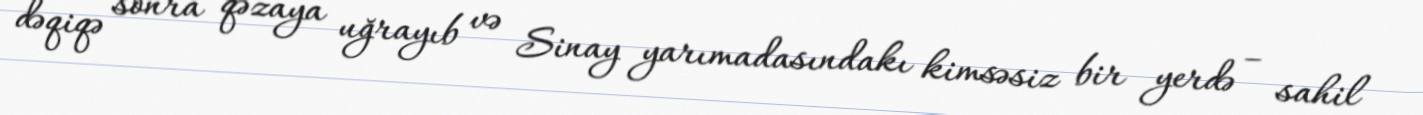
dəqiqə sonra qəzaya uğrayıb və Sinay yarımadasındakı kimsəsiz bir yerdə – sahil